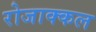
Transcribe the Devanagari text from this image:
रोजाक्कल